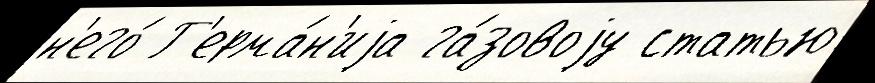
н'его́ Г'ерма́н'иjа га́зовоjу статью